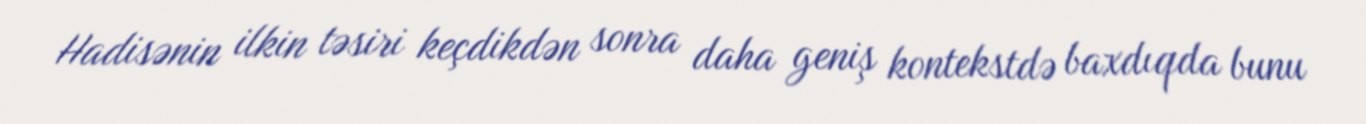
Hadisənin ilkin təsiri keçdikdən sonra daha geniş kontekstdə baxdıqda bunu